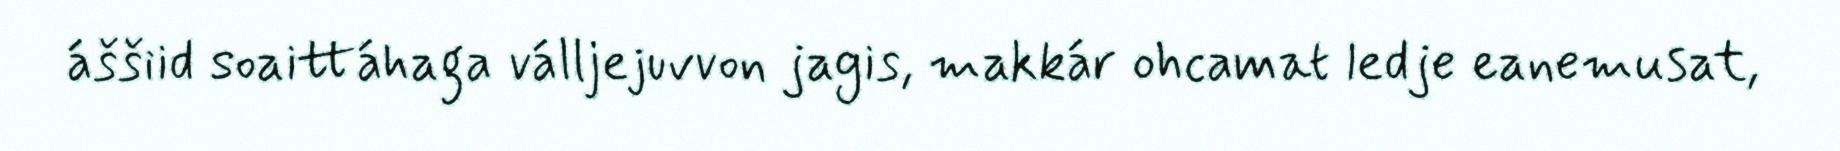
áššiid soaittáhaga válljejuvvon jagis, makkár ohcamat ledje eanemusat,